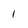
Character: 1